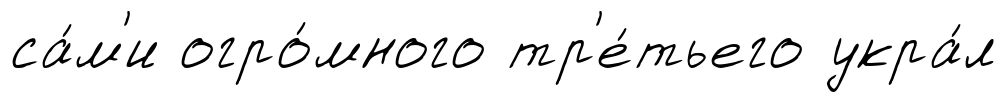
са́м'и огро́много тр'е́тьего укра́л